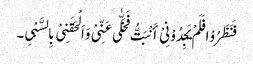
فَنَظَرُوْا فَلَمْ یَجِدُوْنِیْ أَنْبَتُّ فَخَلّٰی عَنِّیْ وَاَلْحَقَنِیْ بِالسَّبْیِ۔